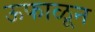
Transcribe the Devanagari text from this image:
ऊफाळून